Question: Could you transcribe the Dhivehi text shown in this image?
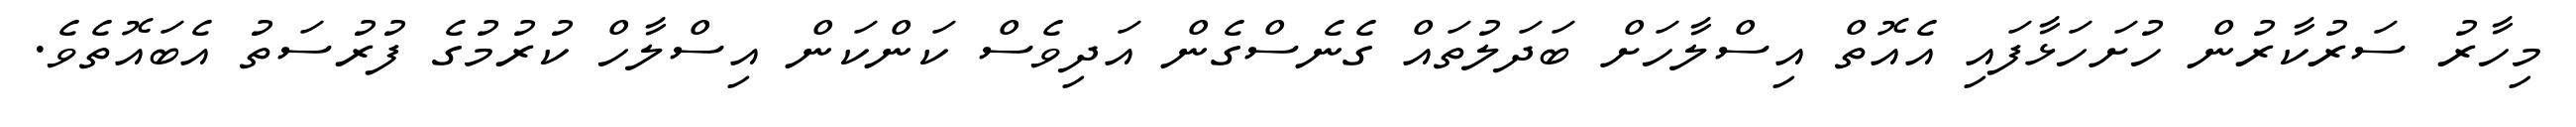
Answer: މިހާރު ސަރުކާރުން ހުށަހަޅާފައި އެއޮތް އިސްލާހަށް ބަދަލުތައް ގެނެސްގެން އަދިވެސް ކަންކަން އިސްލާހް ކުރުމުގެ ފުރުސަތު އެބައޮތެވެ.